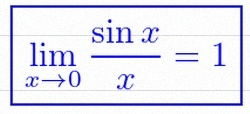
\lim_{x\to0}\frac{\sin x}{x}=1